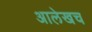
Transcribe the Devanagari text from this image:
अालेखच